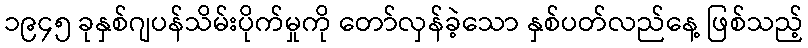
၁၉၄၅ ခုနှစ်ဂျပန်သိမ်းပိုက်မှုကို တော်လှန်ခဲ့သော နှစ်ပတ်လည်နေ့ ဖြစ်သည့်